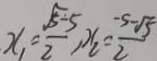
x _ { 1 } = \frac { \sqrt { 5 - 5 } } { 2 } , x _ { 2 } = \frac { - 5 - \sqrt { 5 } } { 2 }